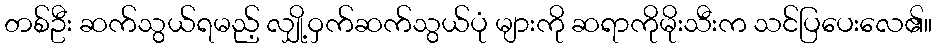
တစ်ဦး ဆက်သွယ်ရမည့် လျှို့ဝှက်ဆက်သွယ်ပုံ များကို ဆရာကိုမိုးသီးက သင်ပြပေးလေ၏။